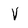
Character: V